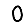
Digit: 0